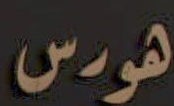
هورس